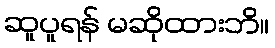
ဆူပူရန် မဆိုထားဘိ။